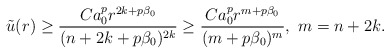
\begin{align*}\tilde{u}(r) \geq \frac{Ca_{0}^{p} r^{2k + p\beta_0}}{(n + 2k + p\beta_0)^{2k}}\geq \frac{Ca_{0}^{p} r^{m + p\beta_0}}{(m + p\beta_0)^{m}},~ m = n+2k.\end{align*}